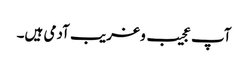
آپ عجیب و غریب آدمی ہیں۔